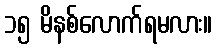
၁၅ မိနစ်လောက်ရမလား။